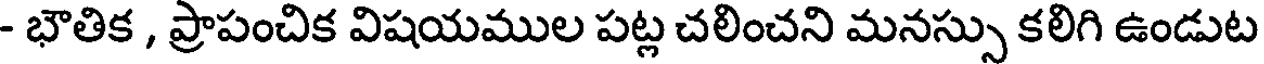
- భౌతిక , ప్రాపంచిక విషయముల పట్ల చలించని మనస్సు కలిగి ఉండుట